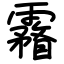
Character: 霿